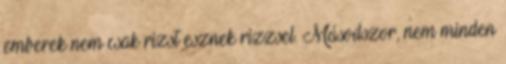
emberek nem csak rizst esznek rizzsel. Másodszor, nem minden